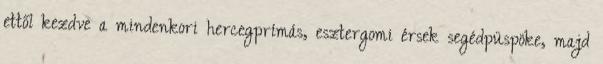
ettől kezdve a mindenkori hercegprímás, esztergomi érsek segédpüspöke, majd